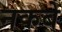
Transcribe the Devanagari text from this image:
नकबे